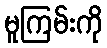
မူကြမ်းကို